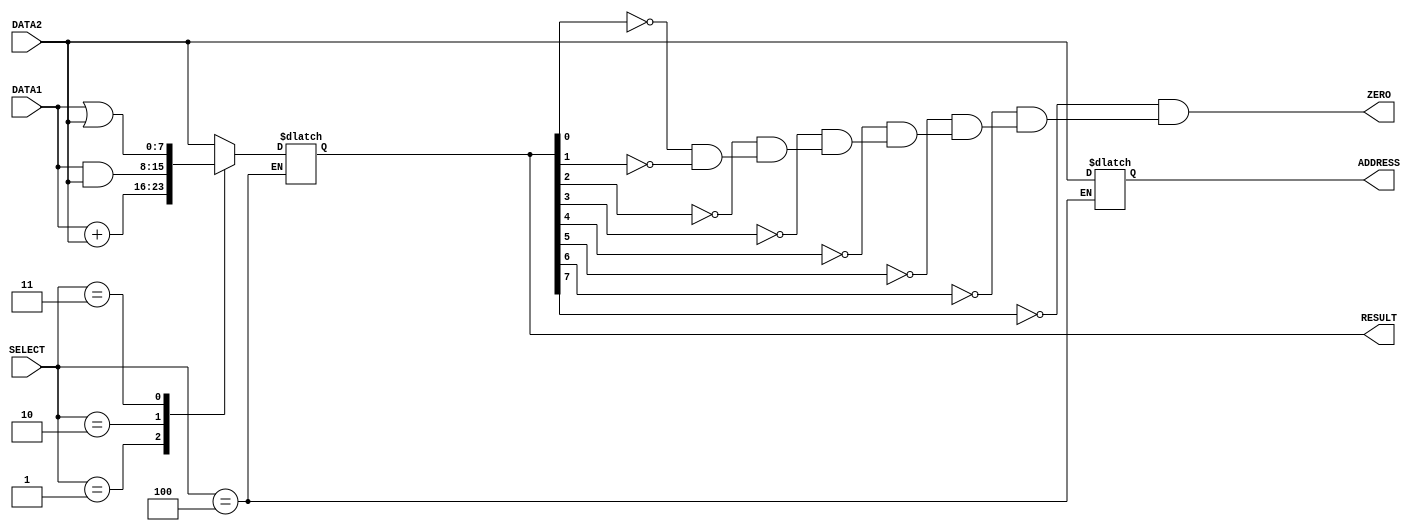
`timescale 1ns/100ps
module alu(ADDRESS, ZERO, RESULT, DATA1, DATA2, SELECT);		
	//this is alu module
	//`timescale 1ns/100ps
	//initial input output
	input [7:0] DATA1,DATA2;
	output reg [7:0] RESULT, ADDRESS;
	input [2:0] SELECT;
	output wire ZERO;
	
	wire [7:0] forward_op, add_op, and_op, or_op, address_op;
	//reg [7:0] add_op1;
	
	
	assign #1 forward_op = DATA2; //#1
	assign #2 add_op =  DATA1 + DATA2;	//#2
	assign #1 and_op = DATA1 & DATA2; //#1
	assign #1 or_op = DATA1 | DATA2; //#1
	assign #1 address_op = DATA2; //#1
	
	// always @ (DATA1,DATA2)
	// begin
		
		// #2 add_op = DATA1 + DATA2;
	
	// end

	//always block
	//always @ (DATA1,DATA2,SELECT)
	//always @ (DATA1, DATA2, SELECT)
	always @ (*)
	begin

		case(SELECT)

			//load word
			3'b000 : begin

					 //generate result
					RESULT = forward_op;		//get result

					 end

			//add
			3'b001 : begin

					 //generate result	
					RESULT = add_op;	//result
					 end

			//and
			3'b010 : begin

					 //generate result					//delay 1 unit
					RESULT = and_op;	//get result
					 end

			//or
			3'b011 : begin

					 //generate result						//delay 1 unit
					RESULT = or_op;	//get result

					 end
					 
			//lwd		 
			3'b100 : begin

					 //generate result					//delay 1 unit
					ADDRESS = address_op;			//get result
					 //RESULT = 8'dx;

					 end

			//reserved
			default : begin 
					RESULT = 8'bxxxxxxxx;
					 end
					 

		endcase
		

	end
	
	// always @ (RESULT)
	// begin
		// if(RESULT == 1'b0)
			// begin
				// ZERO = 1'b1;
			// end
		// else
			// begin
				// ZERO = 1'b0;
			// end
	// end
	wire [7:0] out;
	wire [5:0] outand;
	
	//to get zero signal use not and and gates
	not not1(out[0], RESULT[0]);
	not not2(out[1], RESULT[1]);
	not not3(out[2], RESULT[2]);
	not not4(out[3], RESULT[3]);
	not not5(out[4], RESULT[4]);
	not not6(out[5], RESULT[5]);
	not not7(out[6], RESULT[6]);
	not not8(out[7], RESULT[7]);
	
	and and1(outand[0], out[0], out[1]);
	and and2(outand[1], out[2], outand[0]);
	and and3(outand[2], out[3], outand[1]);
	and and4(outand[3], out[4], outand[2]);
	and and5(outand[4], out[5], outand[3]);
	and and6(outand[5], out[6], outand[4]);
	and and7(ZERO, out[7], outand[5]);
	

endmodule